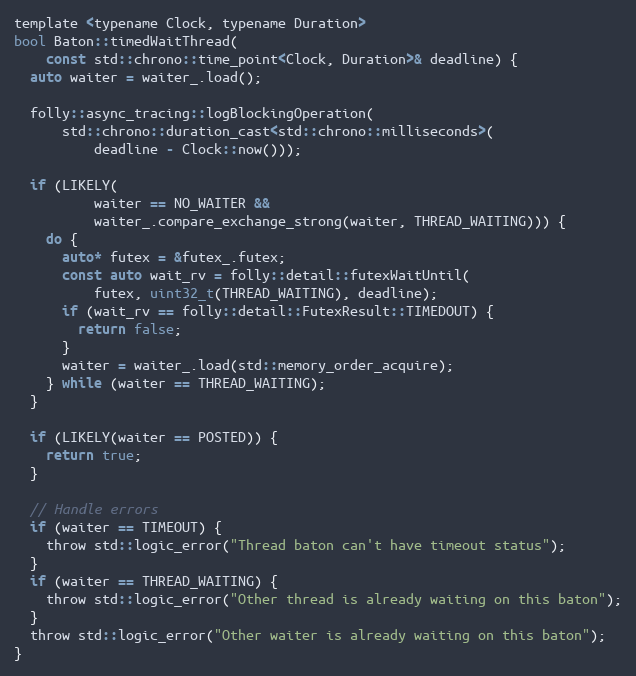
Language: C
template <typename Clock, typename Duration>
bool Baton::timedWaitThread(
    const std::chrono::time_point<Clock, Duration>& deadline) {
  auto waiter = waiter_.load();

  folly::async_tracing::logBlockingOperation(
      std::chrono::duration_cast<std::chrono::milliseconds>(
          deadline - Clock::now()));

  if (LIKELY(
          waiter == NO_WAITER &&
          waiter_.compare_exchange_strong(waiter, THREAD_WAITING))) {
    do {
      auto* futex = &futex_.futex;
      const auto wait_rv = folly::detail::futexWaitUntil(
          futex, uint32_t(THREAD_WAITING), deadline);
      if (wait_rv == folly::detail::FutexResult::TIMEDOUT) {
        return false;
      }
      waiter = waiter_.load(std::memory_order_acquire);
    } while (waiter == THREAD_WAITING);
  }

  if (LIKELY(waiter == POSTED)) {
    return true;
  }

  // Handle errors
  if (waiter == TIMEOUT) {
    throw std::logic_error("Thread baton can't have timeout status");
  }
  if (waiter == THREAD_WAITING) {
    throw std::logic_error("Other thread is already waiting on this baton");
  }
  throw std::logic_error("Other waiter is already waiting on this baton");
}